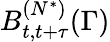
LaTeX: B_{t,t+\tau}^{(N^{*})}(\Gamma)